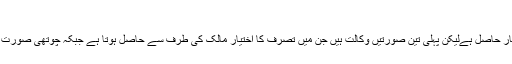
ولی اور وکیل میں فرق:
مذکورہ چاروں صورتوں میں ملکیت نہ ہونے کے باوجود تصرّف کا اختیار حاصل ہےلیکن پہلی تین صورتیں وکالت ہیں جن میں تصرف کا اختیار مالک کی طرف سے حاصل ہوتا ہے جبکہ چوتھی صورت میں یعنی ولی کو تصرّف کا اختیار شرع کی طرف سے حاصل ہوتا ہے ۔